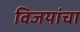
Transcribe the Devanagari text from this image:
विजयांचा